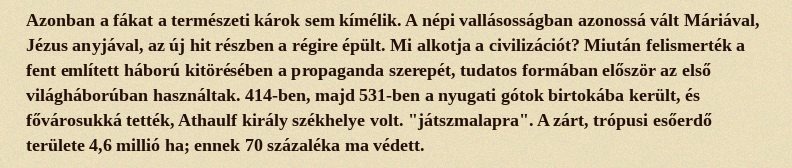
Azonban a fákat a természeti károk sem kímélik. A népi vallásosságban azonossá vált Máriával, Jézus anyjával, az új hit részben a régire épült. Mi alkotja a civilizációt? Miután felismerték a fent említett háború kitörésében a propaganda szerepét, tudatos formában először az első világháborúban használtak. 414-ben, majd 531-ben a nyugati gótok birtokába került, és fővárosukká tették, Athaulf király székhelye volt. "játszmalapra". A zárt, trópusi esőerdő területe 4,6 millió ha; ennek 70 százaléka ma védett.